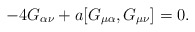
\begin{align*}-4 G_{\alpha \nu } + a [ G_{\mu \alpha }, G_{\mu \nu } ] = 0.\end{align*}